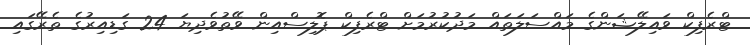
ޓްރެފިކް ވައިލޭޝަންގެ މައްސަލަތައް މަދުކުރުމަށް ޓްރެފިކް ޕޮލިސްއިން ވޭތުވެދިޔަ 24 ގަޑިއިރުގެ ތެރޭގައި